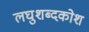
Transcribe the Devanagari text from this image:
लघुशब्दकोश